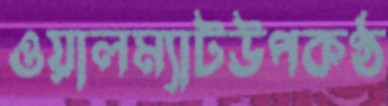
ওয়ালম্যাটউপকণ্ঠ